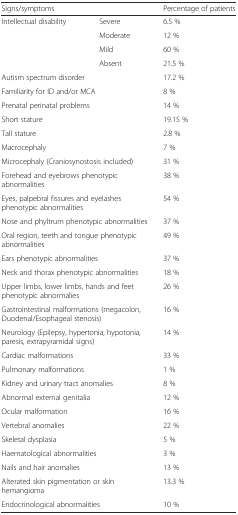
<table><thead><tr><td colspan="2"><b>Signs/symptoms</b></td><td><b>Percentage of patients</b></td></tr></thead><tbody><tr><td rowspan="4">Intellectual disability</td><td>Severe</td><td>6.5 %</td></tr><tr><td>Moderate</td><td>12 %</td></tr><tr><td>Mild</td><td>60 %</td></tr><tr><td>Absent</td><td>21.5 %</td></tr><tr><td colspan="2">Autism spectrum disorder</td><td>17.2 %</td></tr><tr><td colspan="2">Familiarity for ID and/or MCA</td><td>8 %</td></tr><tr><td colspan="2">Prenatal perinatal problems</td><td>14 %</td></tr><tr><td colspan="2">Short stature</td><td>19.15 %</td></tr><tr><td colspan="2">Tall stature</td><td>2.8 %</td></tr><tr><td colspan="2">Macrocephaly</td><td>7 %</td></tr><tr><td colspan="2">Microcephaly (Craniosynostosis included)</td><td>31 %</td></tr><tr><td colspan="2">Forehead and eyebrows phenotypic abnormalities</td><td>38 %</td></tr><tr><td colspan="2">Eyes, palpebral fissures and eyelashes phenotypic abnormalities</td><td>54 %</td></tr><tr><td colspan="2">Nose and phyltrum phenotypic abnormalities</td><td>37 %</td></tr><tr><td colspan="2">Oral region, teeth and tongue phenotypic abnormalities</td><td>49 %</td></tr><tr><td colspan="2">Ears phenotypic abnormalities</td><td>37 %</td></tr><tr><td colspan="2">Neck and thorax phenotypic abnormalities</td><td>18 %</td></tr><tr><td colspan="2">Upper limbs, lower limbs, hands and feet phenotypic abnormalies</td><td>26 %</td></tr><tr><td colspan="2">Gastrointestinal malformations (megacolon, Duodenal/Esophageal stenosis)</td><td>16 %</td></tr><tr><td colspan="2">Neurology (Epilepsy, hypertonia, hypotonia, paresis, extrapyramidal signs)</td><td>14 %</td></tr><tr><td colspan="2">Cardiac malformations</td><td>33 %</td></tr><tr><td colspan="2">Pulmonary malformations</td><td>1 %</td></tr><tr><td colspan="2">Kidney and urinary tract anomalies</td><td>8 %</td></tr><tr><td colspan="2">Abnormal external genitalia</td><td>12 %</td></tr><tr><td colspan="2">Ocular malformation</td><td>16 %</td></tr><tr><td colspan="2">Vertebral anomalies</td><td>22 %</td></tr><tr><td colspan="2">Skeletal dysplasia</td><td>5 %</td></tr><tr><td colspan="2">Haematological abnormalities</td><td>3 %</td></tr><tr><td colspan="2">Nails and hair anomalies</td><td>13 %</td></tr><tr><td colspan="2">Alterated skin pigmentation or skin hemangioma</td><td>13.3 %</td></tr><tr><td colspan="2">Endocrinological abnormalities</td><td>10 %</td></tr></tbody></table>